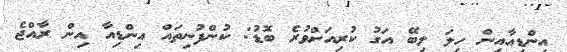
އިންޑިއާއިން ހިލަ ލިބޭ އަގު ކުރިއަށްވުރެ ބޮޑު: ކުންފުނިތައް އިންޑިއާ އިން ރާއްޖެ